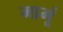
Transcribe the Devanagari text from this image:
मामूं